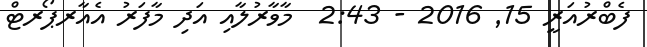
ފެބްރުއަރީ 15